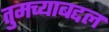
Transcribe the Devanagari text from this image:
तुमच्याबद्दल